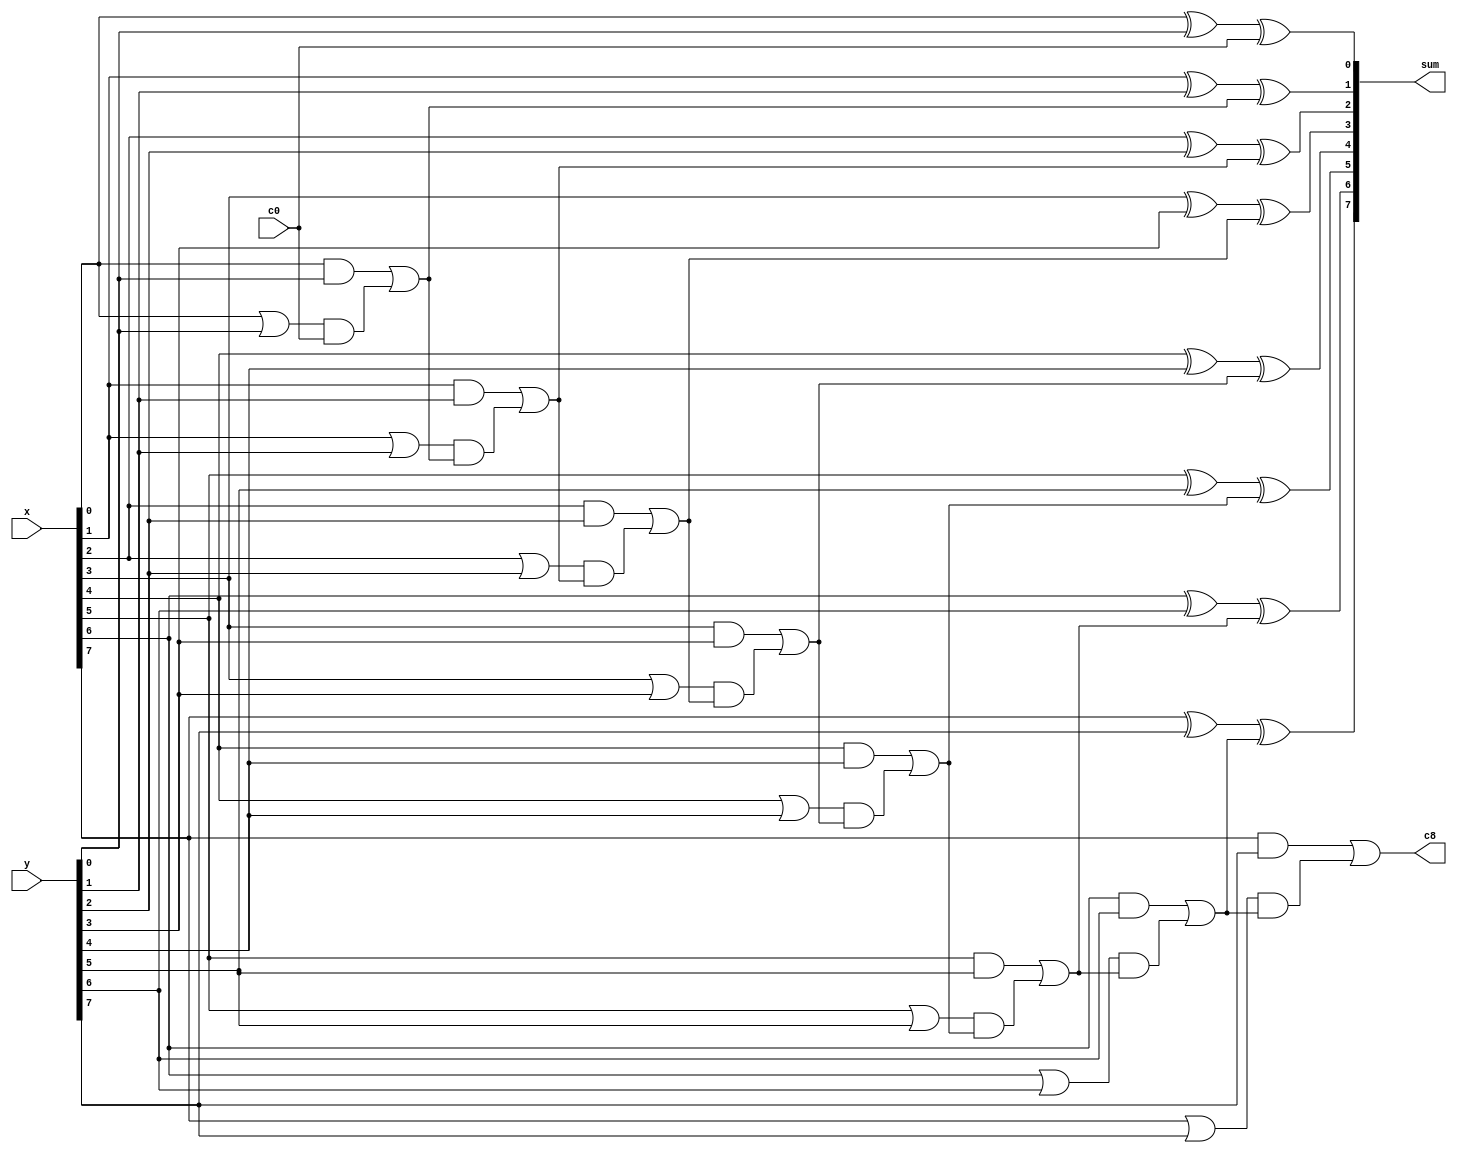
module cla_8(x,y,c0,sum,c8);
    input [7:0] x;
    input [7:0] y;
    input c0;
    output [7:0] sum; 
    output c8; 
    wire p0,p1,p2,p3,p4,p5,p6,p7; 
    wire g0,g1,g2,g3,g4,g5,g6,g7; 
    wire c1,c2,c3,c4,c5,c6,c7; 
    wire pc0,pc1,pc2,pc3,pc4,pc5,pc6,pc7;

    or x0_OR_y0(p0,x[0],y[0]);
    or x1_OR_y1(p1,x[1],y[1]);
    or x2_OR_y2(p2,x[2],y[2]);
    or x3_OR_y3(p3,x[3],y[3]);
    or x4_OR_y4(p4,x[4],y[4]);
    or x5_OR_y5(p5,x[5],y[5]);
    or x6_OR_y6(p6,x[6],y[6]);
    or x7_OR_y7(p7,x[7],y[7]);

    and x0_and_y0(g0,x[0],y[0]);
    and x1_and_y1(g1,x[1],y[1]);
    and x2_and_y2(g2,x[2],y[2]);
    and x3_and_y3(g3,x[3],y[3]);
    and x4_and_y4(g4,x[4],y[4]);
    and x5_and_y5(g5,x[5],y[5]);
    and x6_and_y6(g6,x[6],y[6]);
    and x7_and_y7(g7,x[7],y[7]);

    and p0_and_c0(pc0,p0,c0);
    or g0_or_pc0(c1,g0,pc0); 

    and p1_and_c1(pc1,p1,c1);
    or g1_or_pc1(c2,g1,pc1); 

    and p2_and_c2(pc2,p2,c2);
    or g2_or_pc2(c3,g2,pc2); 

    and p3_and_c3(pc3,p3,c3);
    or g3_or_pc3(c4,g3,pc3); 

    and p4_and_c4(pc4,p4,c4);
    or g4_or_pc4(c5,g4,pc4); 

    and p5_and_c5(pc5,p5,c5);
    or g5_or_pc5(c6,g5,pc5); 

    and p6_and_c6(pc6,p6,c6);
    or g6_or_pc6(c7,g6,pc6); 

    and p7_and_c7(pc7,p7,c7);
    or g7_or_pc7(c8,g7,pc7);

    xor sum0(sum[0],x[0],y[0],c0); 
    xor sum1(sum[1],x[1],y[1],c1);
    xor sum2(sum[2],x[2],y[2],c2);
    xor sum3(sum[3],x[3],y[3],c3);
    xor sum4(sum[4],x[4],y[4],c4);
    xor sum5(sum[5],x[5],y[5],c5);
    xor sum6(sum[6],x[6],y[6],c6);
    xor sum7(sum[7],x[7],y[7],c7);

endmodule